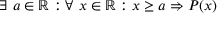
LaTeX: \exists ~ a \in \mathbb { R } : \forall ~ x \in \mathbb { R } : x \geq a \Rightarrow P ( x )